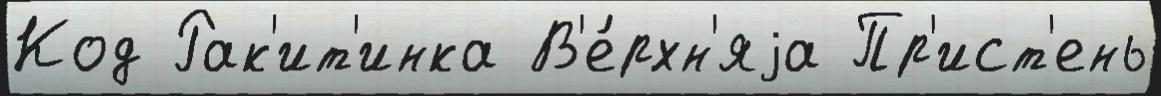
Код Рак'ит'инка В'е́рхн'яjа Пр'ист'ень